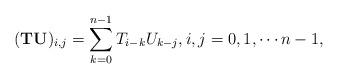
LaTeX: \begin{align*}(\mathbf{T}\mathbf{U})_{i,j}= \sum_{k=0}^{n-1}T_{i-k}U_{k-j},i,j=0,1,\cdots n-1,\end{align*}